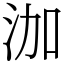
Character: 泇